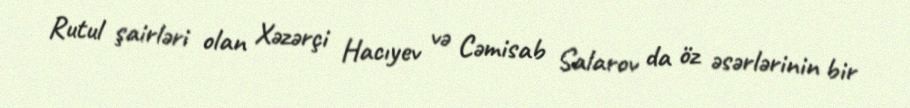
Rutul şairləri olan Xəzərçi Hacıyev və Cəmisab Salarov da öz əsərlərinin bir